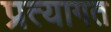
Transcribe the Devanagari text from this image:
प्रत्यागत